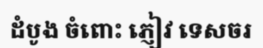
ដំបូង ចំពោះ ភ្ញៀវ ទេសចរ